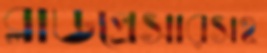
ব্লাডপ্রেসারসহ